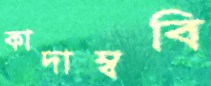
কাদাম্ববি